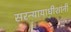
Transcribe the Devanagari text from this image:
सरन्यायाधीशांनी